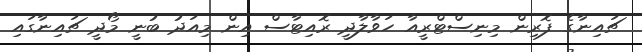
ޗައިނާގެ ފޮރިން މިނިސްޓްރީއާ ހަވާލާދީ ރޮއިޓާސް އިން މިއަދު ބުނީ މޯދީ ޗައިނާގައި